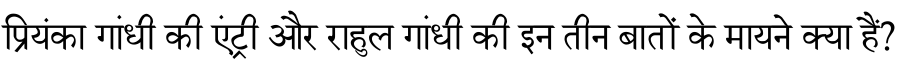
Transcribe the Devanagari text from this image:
प्रियंका गांधी की एंट्री और राहुल गांधी की इन तीन बातों के मायने क्या हैं?